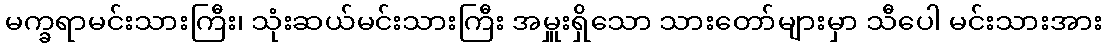
မက္ခရာမင်းသားကြီး၊ သုံးဆယ်မင်းသားကြီး အမှူးရှိသော သားတော်များမှာ သီပေါ မင်းသားအား